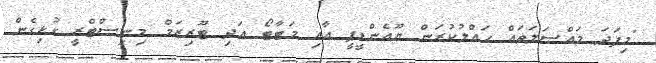
"މިފަދަ މައްސަލަތައް ހައްލުކުރަން ޔޫއެންޑީޕީ އާއި މަޓާޓޯ އަދި ޓޫރިޒަމް މިނިސްޓްރީ ގުޅިގެން